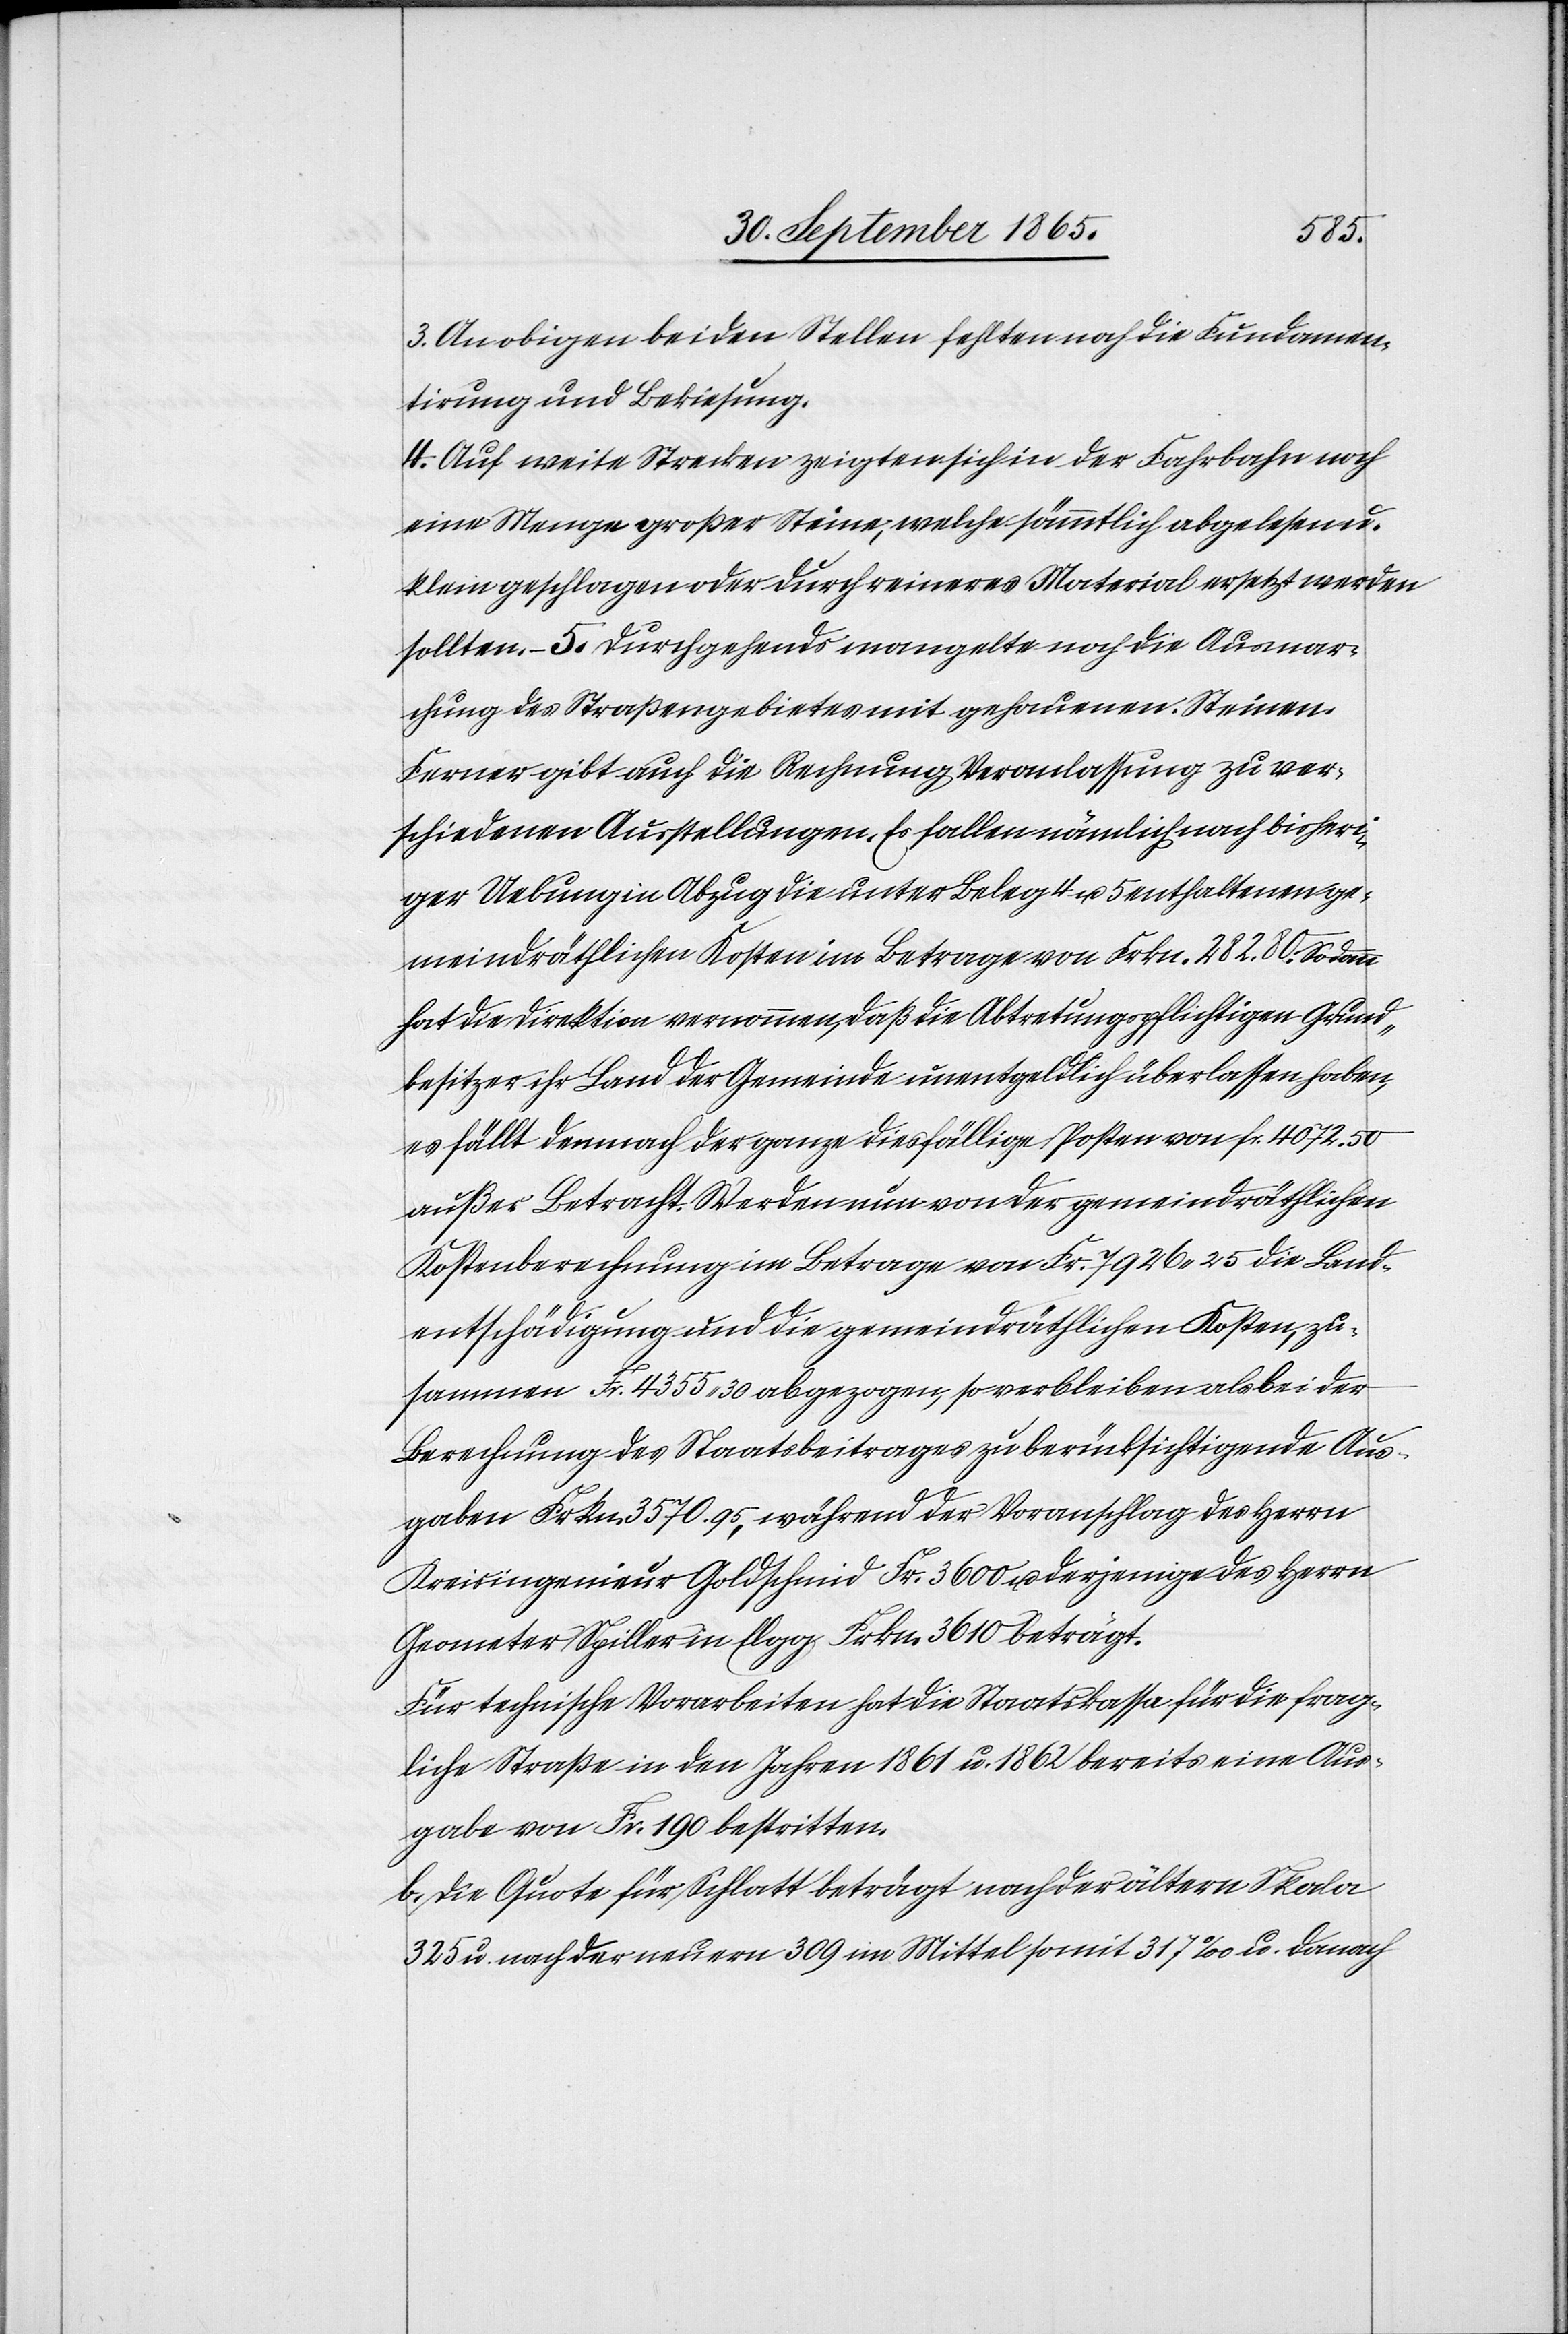
Ausmar¬
3. An obigen beiden Stellen fehlten noch die Fundamen¬
tirung und Bekiesung.
4. Auf weite Strecken zeigten sich in der Fahrbahn noch
eine Menge großer Steine, welche sämmtlich abgelesen u.
klein geschlagen oder durch reineres Material ersetzt werden
chung des Straßengebietes mit gehauenen Steinen.
Ferner gibt auch die Rechnung Veranlassung zu ver¬
schiedenen Ausstellungen. Es fallen nämlich nach bisheri¬
ger Uebung in Abzug die unter Beleg 4 u. 5 enthaltenen ge¬
meindräthlichen Kosten im Betrage von Frkn. 282. 80. So dann
hat die Direktion vernommen, daß die Abtretungspflichtigen Grund¬
besitzer ihr Land der Gemeinde unentgeldlich überlassen haben,
es fällt demnach der ganze diesfällige Posten von fr. 4072. 50
außer Betracht. Werden nun von der gemeindräthlichen
Kostenberechnung im Betrage von Fr. 7926 25 die Land¬
entschädigung und die gemeindräthlichen Kosten, zu¬
sammen Fr. 4355 30 abgezogen, so verbleiben als bei der
Berechnung des Staatsbeitrages zu berücksichtigende Aus¬
gaben Frkn. 3570. 95, während der Voranschlag des Herrn
Kreisingenieur Goldschmid Fr. 3600 u. derjenige des Herrn
Geometer Spiller in Elgg Frkn. 3610 beträgt.
Für technische Vorarbeiten hat die Staatskassa für die frag¬
liche Straße in den Jahren 1861 u. 1862 bereits eine Aus¬
gabe von Fr. 190 bestritten.
b. Die Quote für Schlatt beträgt nach der ältern Skala
325 u. nach der neuern 309 im Mittel somit 317 ‰ u. danach